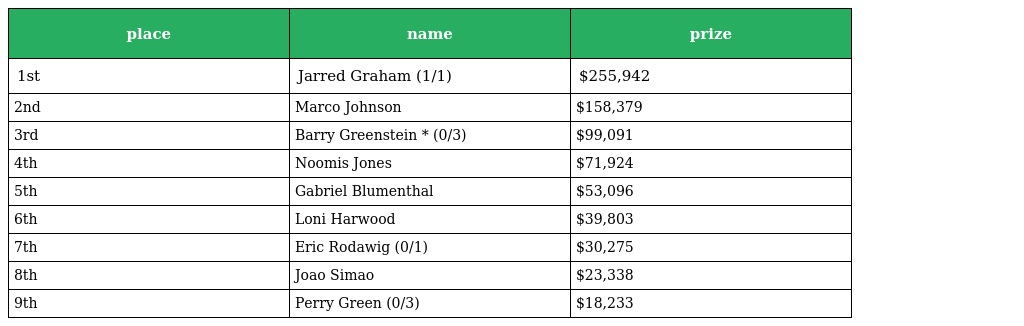
| place | name | prize |
 | --- | --- | --- |
 | 1st | Jarred Graham (1/1) | $255,942 |
 | 2nd | Marco Johnson | $158,379 |
 | 3rd | Barry Greenstein * (0/3) | $99,091 |
 | 4th | Noomis Jones | $71,924 |
 | 5th | Gabriel Blumenthal | $53,096 |
 | 6th | Loni Harwood | $39,803 |
 | 7th | Eric Rodawig (0/1) | $30,275 |
 | 8th | Joao Simao | $23,338 |
 | 9th | Perry Green (0/3) | $18,233 |